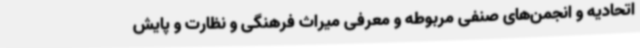
اتحادیه و انجمن‌های صنفی مربوطه و معرفی میراث فرهنگی و نظارت و پایش